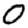
Digit: 0